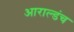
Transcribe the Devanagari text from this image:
आराल्डंच